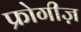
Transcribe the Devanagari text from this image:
फ्रोगीज़